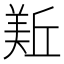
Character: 𱻏